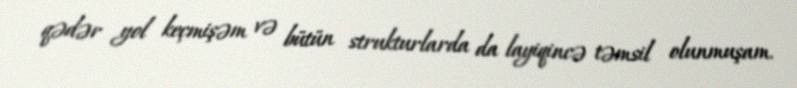
qədər yol keçmişəm və bütün strukturlarda da layiqincə təmsil olunmuşam.